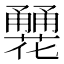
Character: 𤰏